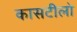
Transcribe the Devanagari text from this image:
कासटीलो